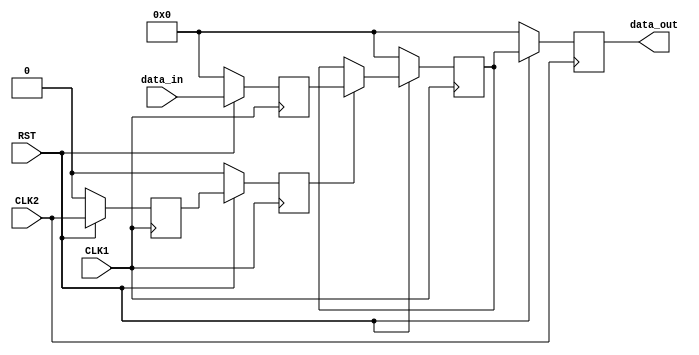
// CLOCK DOMAIN SYNC BY CKDUR
`timescale 1ns/1ns

module bus_sync_sf #
(
	// 0 F1 > F2, 1 F1 < F2
	parameter impl = 0,
	// Numbits
	parameter sword = 32
)
(
	input CLK1,
	input CLK2,
	input RST,
	input [sword-1:0] data_in,
	output [sword-1:0] data_out
);

generate
	if (impl) begin
		wire NCLK2;
		assign NCLK2 = ~CLK2;
		reg ECLK1, EECLK1;
		always @(posedge NCLK2) begin
			if(RST == 1'b0) begin
				ECLK1 <= 1'b0;
				EECLK1 <= 1'b0;
			end else begin
				ECLK1 <= CLK1;
				EECLK1 <= ECLK1;
			end
		end
		reg [sword-1:0] reg_data1;
		reg [sword-1:0] reg_data2;
		reg [sword-1:0] reg_data3;
		always @(posedge CLK1) begin
			if(RST == 1'b0) begin
				reg_data1 <= {sword{1'b0}};
			end else begin
				reg_data1 <= data_in;
			end
		end
		always @(posedge CLK2) begin
			if(RST == 1'b0) begin
				reg_data2 <= {sword{1'b0}};
				reg_data3 <= {sword{1'b0}};
			end else begin
				if(EECLK1) begin
					reg_data2 <= reg_data1;
				end
				reg_data3 <= reg_data2;
			end
		end
		assign data_out = reg_data3;
	end else begin
		wire NCLK1;
		assign NCLK1 = ~CLK1;
		reg ECLK2, EECLK2;
		always @(posedge NCLK1) begin
			if(RST == 1'b0) begin
				ECLK2 <= 1'b0;
				EECLK2 <= 1'b0;
			end else begin
				ECLK2 <= CLK2;
				EECLK2 <= ECLK2;
			end
		end
		reg [sword-1:0] reg_data1;
		reg [sword-1:0] reg_data2;
		reg [sword-1:0] reg_data3;
		always @(posedge CLK1) begin
			if(RST == 1'b0) begin
				reg_data1 <= {sword{1'b0}};
				reg_data2 <= {sword{1'b0}};
			end else begin
				reg_data1 <= data_in;
				if(EECLK2) begin
					reg_data2 <= reg_data1;
				end
			end
		end
		always @(posedge CLK2) begin
			if(RST == 1'b0) begin
				reg_data3 <= {sword{1'b0}};
			end else begin
				reg_data3 <= reg_data2;
			end
		end
		assign data_out = reg_data3;
	end
endgenerate

endmodule